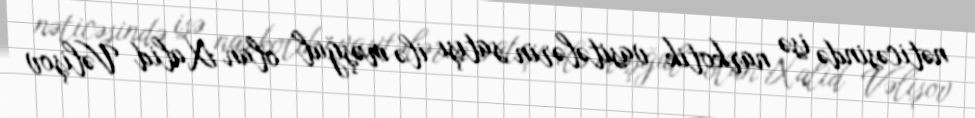
nəticəsində isə narkotik vasitələrin satışı ilə məşğul olan Xalid Vəlişov